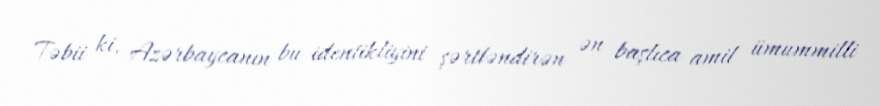
Təbii ki, Azərbaycanın bu identikliyini şərtləndirən ən başlıca amil ümummilli